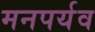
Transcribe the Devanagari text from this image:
मनपर्यव